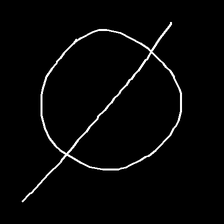
Glyph: orb